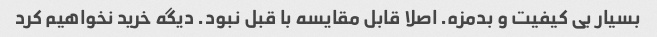
بسیار بی کیفیت و بدمزه. اصلا قابل مقایسه با قبل نبود. دیگه خرید نخواهیم کرد